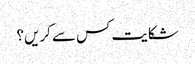
شکایت کس سے کریں؟